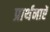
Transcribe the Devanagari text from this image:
प्रार्थनाऐं